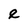
Character: e